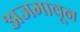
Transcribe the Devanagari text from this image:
अजमावून